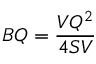
B Q = { \frac { V Q ^ { 2 } } { 4 S V } }